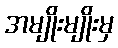
အမျိုးမျိုးမှ